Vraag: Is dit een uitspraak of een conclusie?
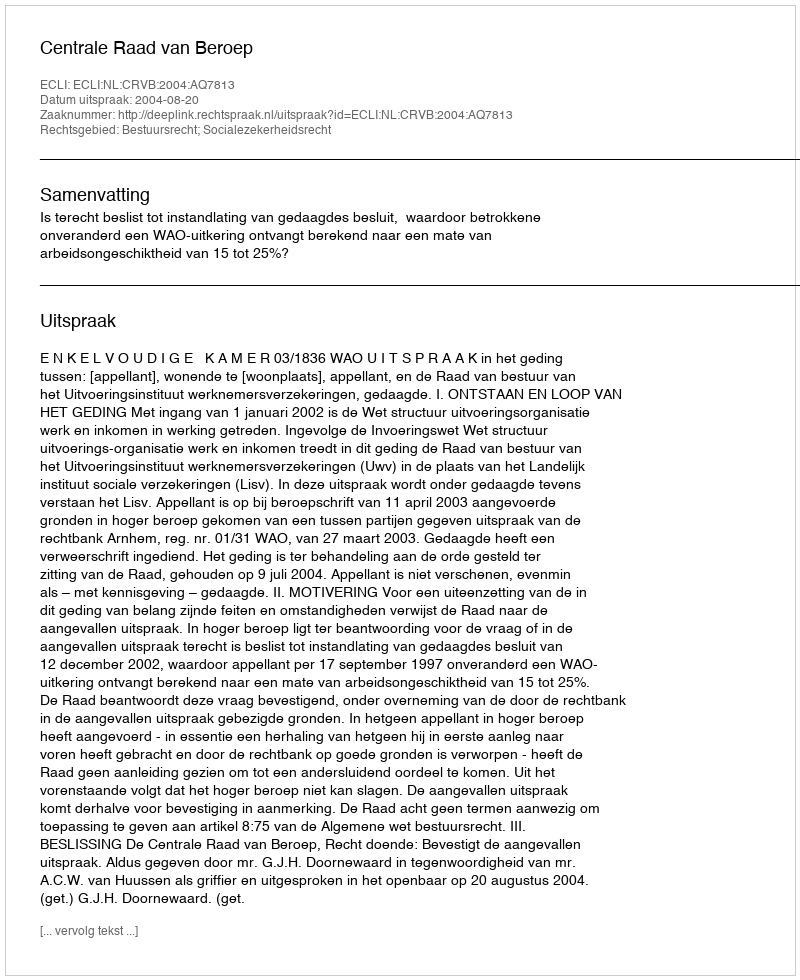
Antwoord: Uitspraak